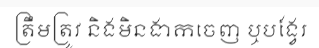
ត្រឹមត្រូវ និងមិនងាកចេញ ឬបង្វែរ